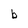
Character: b